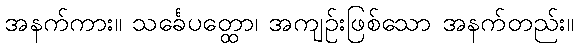
အနက်ကား။ သင်္ခေပတ္ထော၊ အကျဉ်းဖြစ်သော အနက်တည်း။